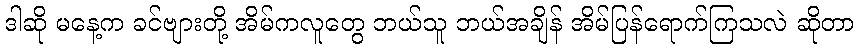
ဒါဆို မနေ့က ခင်ဗျားတို့ အိမ်ကလူတွေ ဘယ်သူ ဘယ်အချိန် အိမ်ပြန်ရောက်ကြသလဲ ဆိုတာ